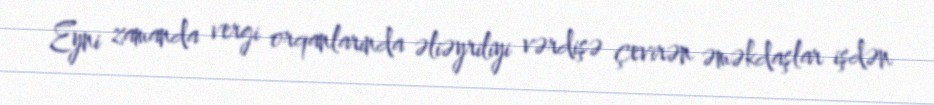
Eyni zamanda vergi orqanlarında əliəyriliyi vərdişə çevirən əməkdaşlar işdən